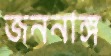
জননাঙ্গ